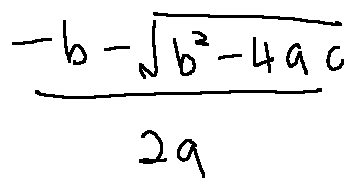
\frac { - b - \sqrt { b ^ { 2 } - 4 a c } } { 2 a }